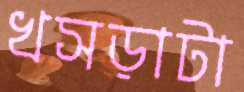
খসড়াটা